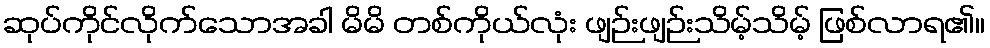
ဆုပ်ကိုင်လိုက်သောအခါ မိမိ တစ်ကိုယ်လုံး ဖျဉ်းဖျဉ်းသိမ့်သိမ့် ဖြစ်လာရ၏။